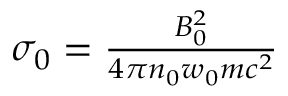
\begin{array} { r } { \sigma _ { 0 } = \frac { B _ { 0 } ^ { 2 } } { 4 \pi n _ { 0 } w _ { 0 } m c ^ { 2 } } } \end{array}